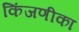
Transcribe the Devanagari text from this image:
किंजणीका